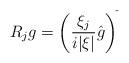
LaTeX: \begin{align*} R_j g = \left(\frac{\xi_j}{i|\xi|} \hat{g} \right)^{\check{}} \end{align*}